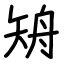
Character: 矪